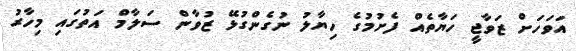
އަވަހަށް ޒަވާޖީ ހަޔާތެއް ފެށުމުގެ ހިޔާލު ނުގެންގުޅޭ ޒުވާން ސަލާމް އަތުގައި މިހާރު